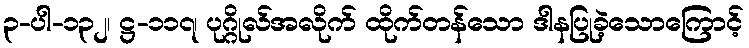
၃-ပါ-၁၃၂၊ ဋ္ဌ-၁၁၇၊ ပုဂ္ဂိုလ်အလိုက် ထိုက်တန်သော ဒါနပြုခဲ့သောကြောင့်